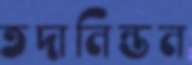
তদানিন্তন